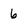
Character: 6